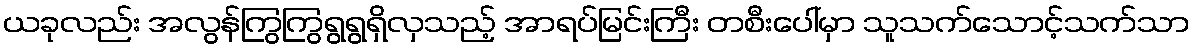
ယခုလည်း အလွန်ကြွကြွရွရွရှိလှသည့် အာရပ်မြင်းကြီး တစီးပေါ်မှာ သူသက်သောင့်သက်သာ